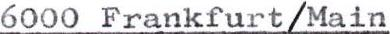
6000 Frankfurt/Main